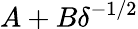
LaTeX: A+B\delta^{-1/2}